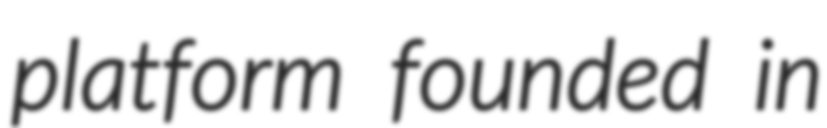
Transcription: platform founded in